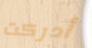
أدركت